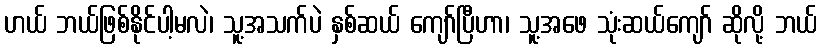
ဟယ် ဘယ်ဖြစ်နိုင်ပါ့မလဲ၊ သူ့အသက်ပဲ နှစ်ဆယ် ကျော်ပြီဟာ၊ သူ့အဖေ သုံးဆယ်ကျော် ဆိုလို့ ဘယ်